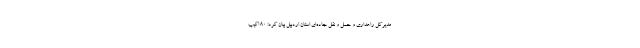
مدیرکل راهداری و حمل و نقل جاده‌ای استان اردبیل بیان کرد: ۸۰ اکیپ